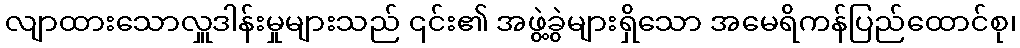
လျာထားသောလှူဒါန်းမှုများသည် ၎င်း၏ အဖွဲ့ခွဲများရှိသော အမေရိကန်ပြည်ထောင်စု၊